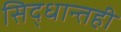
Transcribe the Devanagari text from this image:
सिद्धान्तही